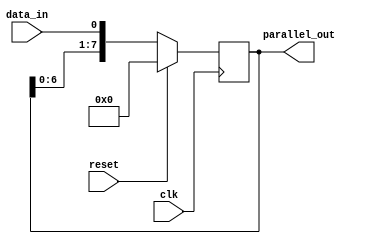
module SIPO_shift_register (
    input wire clk,
    input wire reset,
    input wire data_in,
    output reg[7:0] parallel_out
);

reg[7:0] shift_register;

always @(posedge clk) begin
    if (reset == 1'b1) begin
        shift_register <= 8'b0;
    end else begin
        shift_register <= {shift_register[6:0], data_in};
    end
end

assign parallel_out = shift_register;

endmodule